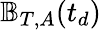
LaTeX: \mathbb{B}_{T,A}(t_{d})